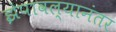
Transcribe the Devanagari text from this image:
झेपावल्यानंतर